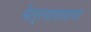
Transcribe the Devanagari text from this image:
नेत्रनारायण